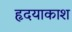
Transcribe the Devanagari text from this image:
हृदयाकाश